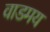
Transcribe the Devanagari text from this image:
वाडमय